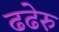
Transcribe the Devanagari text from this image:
ढढेरु